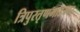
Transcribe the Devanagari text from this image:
त्रिपुरतृणमाडम्बर